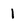
Character: 1